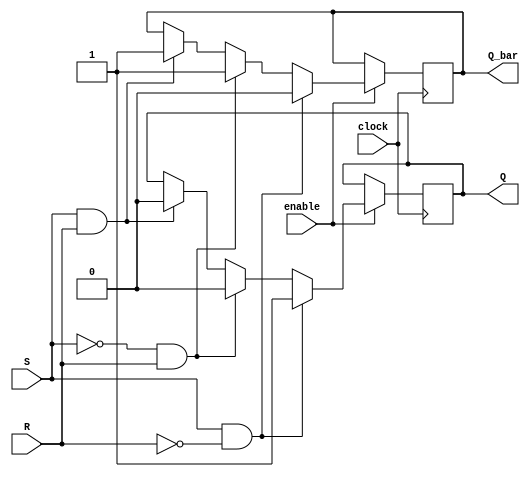
module Gated_SR_flipflop (
    input S, // Set input
    input R, // Reset input
    input clock, // Clock input
    input enable, // Enable input
    output reg Q, // Output
    output reg Q_bar // Complement output
);

always @(posedge clock) begin
    if (enable) begin
        if (S && !R) begin
            Q <= 1;
            Q_bar <= 0;
        end else if (!S && R) begin
            Q <= 0;
            Q_bar <= 1;
        end else if (S && R) begin
            Q <= 0;
            Q_bar <= 1;
        end
    end
end

endmodule